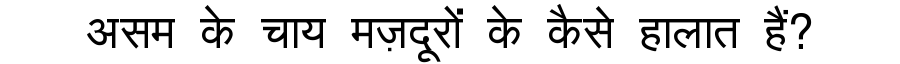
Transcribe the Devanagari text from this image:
असम के चाय मज़दूरों के कैसे हालात हैं?